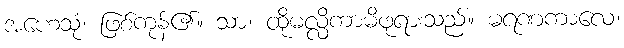
အဟေသုံ၊ ဖြစ်ကုန်၏။ သာ၊ ထိုမလ္လိကာမိဖုရားသည်။ မရဏကာလေ၊